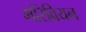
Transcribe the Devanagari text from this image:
मोरेवियन